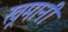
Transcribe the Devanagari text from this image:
खूमानी